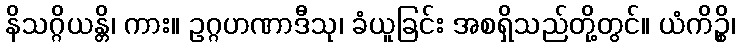
နိသဂ္ဂိယန္တိ၊ ကား။ ဥဂ္ဂဟဏာဒီသု၊ ခံယူခြင်း အစရှိသည်တို့တွင်။ ယံကိဉ္စိ၊